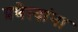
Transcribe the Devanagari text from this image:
प्रणेत्यांना